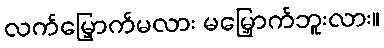
လက်မြှောက်မလား မမြှောက်ဘူးလား။